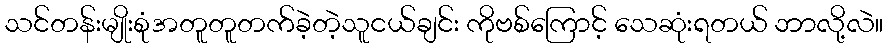
သင်တန်းမျိုးစုံအတူတူတက်ခဲ့တဲ့သူငယ်ချင်း ကိုဗစ်ကြောင့် သေဆုံးရတယ် ဘာလို့လဲ။